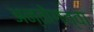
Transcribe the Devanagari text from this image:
अन्तोगत्वा